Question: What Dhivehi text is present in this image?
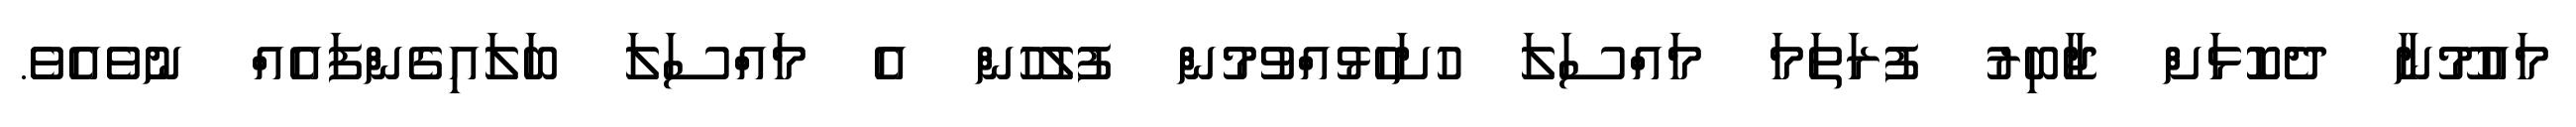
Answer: މައުމޫނާ ދެކޮޅަށް ޖާބިރު ފުރަތަމަ މައްސަލަ ހުށަހެޅުއްވުމުން ފުލުހުން އެ މައްސަލަ ބަލައިގެންފައެއް ނުވެއެވެ.